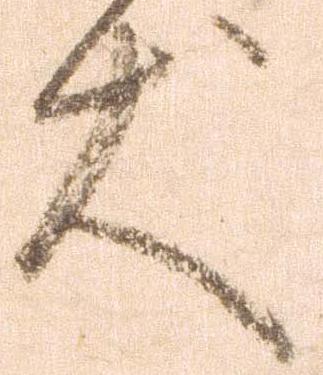
犬